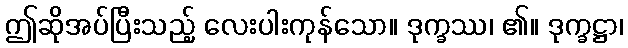
ဤဆိုအပ်ပြီးသည့် လေးပါးကုန်သော။ ဒုက္ခဿ၊ ၏။ ဒုက္ခဋ္ဌာ၊